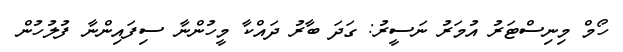
ހޯމް މިނިސްޓަރު އުމަރު ނަސީރު: ގަދަ ބާރު ދައްކާ މީހުންނާ ސިފައިންނާ ފުލުހުން